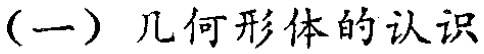
（一）几何形体的认识